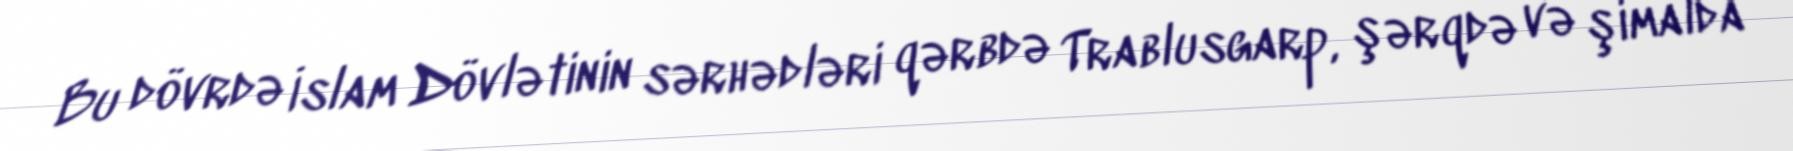
Bu dövrdə İslam Dövlətinin sərhədləri qərbdə Trablusgarp, şərqdə və şimalda